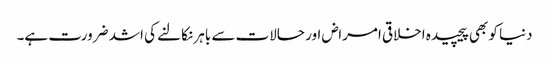
دنیا کو بھی پیچیدہ اخلاقی امراض اور حالات سے باہر نکالنے کی اشد ضرورت ہے۔